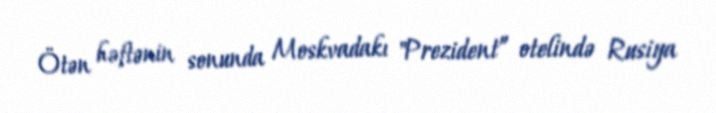
Ötən həftənin sonunda Moskvadakı "Prezident” otelində Rusiya